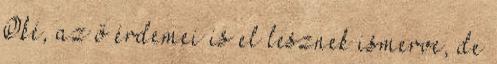
Oké, az ő érdemei is el lesznek ismerve, de